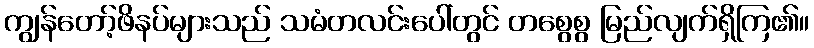
ကျွန်တော့်ဖိနပ်များသည် သမံတလင်းပေါ်တွင် တစွေစွ မြည်လျက်ရှိကြ၏။